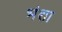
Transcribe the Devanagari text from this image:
भंशा